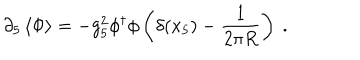
LaTeX: \partial _ { 5 } \left\langle { \Phi } \right\rangle = - g _ { 5 } ^ { 2 } \phi ^ { \dagger } \phi \left( \delta ( x _ { 5 } ) - { \frac { 1 } { 2 \pi R } } \right) \ .